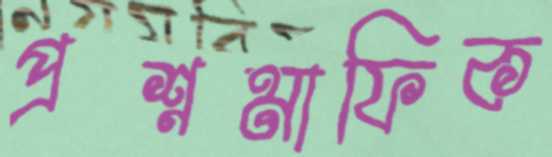
প্রশ্নমাফিক